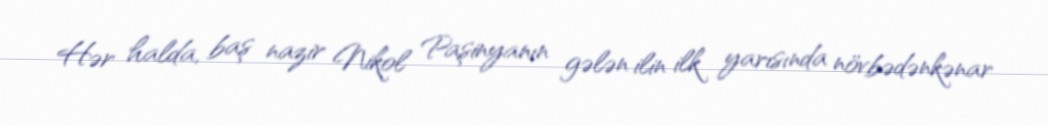
Hər halda, baş nazir Nikol Paşinyanın gələn ilin ilk yarısında növbədənkənar